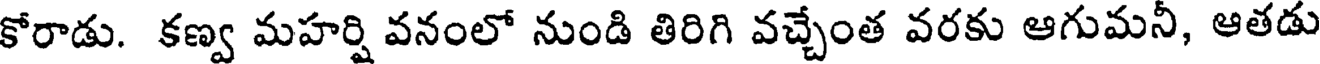
కోరాడు. కణ్వ మహర్షి వనంలో నుండి తిరిగి వచ్చేంత వరకు ఆగుమనీ, ఆతడు